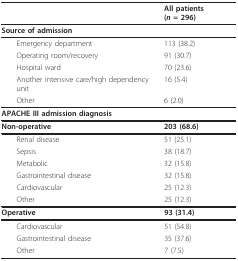
<table><thead><tr><td></td><td><b>All patients (<i>n </i>= 296)</b></td></tr></thead><tbody><tr><td><b>Source of admission</b></td><td></td></tr><tr><td> Emergency department</td><td>113 (38.2)</td></tr><tr><td> Operating room/recovery</td><td>91 (30.7)</td></tr><tr><td> Hospital ward</td><td>70 (23.6)</td></tr><tr><td> Another intensive care/high dependency unit</td><td>16 (5.4)</td></tr><tr><td> Other</td><td>6 (2.0)</td></tr><tr><td><b>APACHE III admission diagnosis</b></td><td></td></tr><tr><td><b>Non-operative</b></td><td><b>203 (68.6)</b></td></tr><tr><td> Renal disease</td><td>51 (25.1)</td></tr><tr><td> Sepsis</td><td>38 (18.7)</td></tr><tr><td> Metabolic</td><td>32 (15.8)</td></tr><tr><td> Gastrointestinal disease</td><td>32 (15.8)</td></tr><tr><td> Cardiovascular</td><td>25 (12.3)</td></tr><tr><td> Other</td><td>25 (12.3)</td></tr><tr><td><b>Operative</b></td><td><b>93 (31.4)</b></td></tr><tr><td> Cardiovascular</td><td>51 (54.8)</td></tr><tr><td> Gastrointestinal disease</td><td>35 (37.6)</td></tr><tr><td> Other</td><td>7 (7.5)</td></tr></tbody></table>